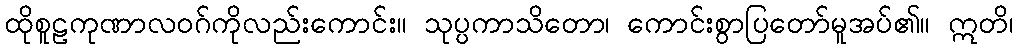
ထိုစူဠကုဏာလဝဂ်ကိုလည်းကောင်း။ သုပ္ပကာသိတော၊ ကောင်းစွာပြတော်မူအပ်၏။ ဣတိ၊